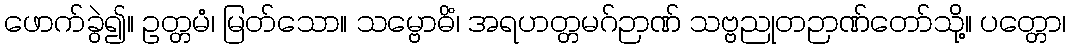
ဖောက်ခွဲ၍။ ဥတ္တမံ၊ မြတ်သော။ သမ္ဗောဓိံ၊ အရဟတ္တမဂ်ဉာဏ် သဗ္ဗညုတဉာဏ်တော်သို့။ ပတ္တော၊